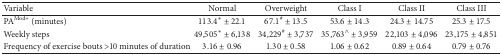
<table><thead><tr><td><b>Variable</b></td><td><b>Normal</b></td><td><b>Overweight</b></td><td><b> Class I</b></td><td><b> Class II</b></td><td><b>Class III</b></td></tr></thead><tbody><tr><td>PA<sup>Mod+</sup> (minutes)</td><td>113.4* ± 22.1</td><td>67.1<sup>#</sup> ± 13.5</td><td>53.6 ± 14.3</td><td>24.3 ± 14.75</td><td>25.3 ± 17.5</td></tr><tr><td>Weekly steps</td><td>49,505* ± 6,138</td><td>34,229<sup>#</sup> ± 3,737</td><td>35,763<sup>∧</sup> ± 3,959</td><td>22,103 ± 4,096</td><td>23,175 ± 4,851</td></tr><tr><td>Frequency of exercise bouts &gt;10 minutes of duration</td><td>3.16 ± 0.96</td><td>1.30 ± 0.58</td><td>1.06 ± 0.62</td><td>0.89 ± 0.64</td><td>0.79 ± 0.76</td></tr></tbody></table>